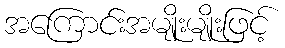
အကြောင်းအမျိုးမျိုးဖြင့်